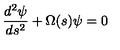
{ \frac { d ^ { 2 } \psi } { d s ^ { 2 } } } + \Omega ( s ) \psi = 0